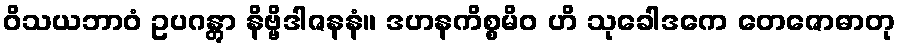
ဝိသယဘာဝံ ဥပဂန္တွာ နိဗ္ဗိဒါဇနနံ။ ဒဟနကိစ္စမိဝ ဟိ သုခေါဒကေ တေဇောဓာတု